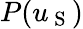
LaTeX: P(u_{\mathrm{~S~}})